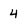
Character: 4